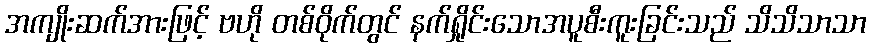
အကျိုးဆက်အားဖြင့် ဗဟို တစ်ဝိုက်တွင် နက်ရှိုင်းသောအပူစီးကူးခြင်းသည် သိသိသာသာ